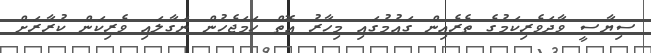
ސިޔާސީ ވާދަވެރިކަމުގެ ތެރެއިން ގައުމުގައި މިހާރު އޮތް ހަމަޖެހުން ނަގާލައި ވެރިކަން ކުރާރަށް